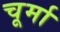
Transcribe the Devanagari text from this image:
चूर्मा